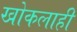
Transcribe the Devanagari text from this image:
खोकलाही